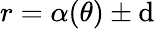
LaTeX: r=\alpha(\theta)\pm\mathrm{d}